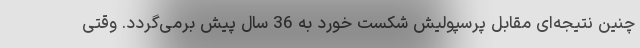
چنین نتیجه‌ای مقابل پرسپولیش شکست خورد به 36 سال پیش برمی‌گردد. وقتی